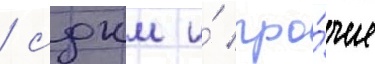
/ сдкм и́ про́чие